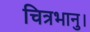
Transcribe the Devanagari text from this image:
चित्रभानु।